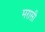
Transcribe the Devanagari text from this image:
मरासी